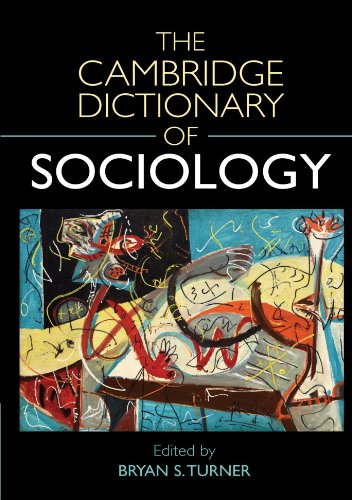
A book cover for The Cambridge Dictionary of Sociology; Politics & Social Sciences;